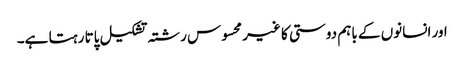
اور انسانوں کے باہم دوستی کا غیر محسوس رشتہ تشکیل پاتا رہتا ہے۔